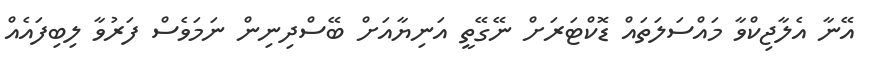
އޭނާ އެލާޖިކްވާ މައްސަލަތައް ޑޮކްޓަރަށް ނޭގޭތީ އަނިޔާއަށް ބޭސްދިނިން ނަމަވެސް ފަރުވާ ލިބިފައެއް